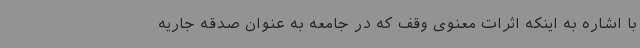
با اشاره به اینکه اثرات معنوی وقف که در جامعه به عنوان صدقه جاریه